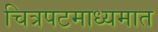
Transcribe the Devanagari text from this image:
चित्रपटमाध्यमात